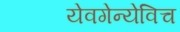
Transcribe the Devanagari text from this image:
येवगेन्येविच